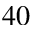
4 0